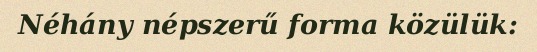
Néhány népszerű forma közülük: